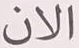
الان